Vaccine operations Central Provinces 1886-1899 - 1886-1899
Year: 1886
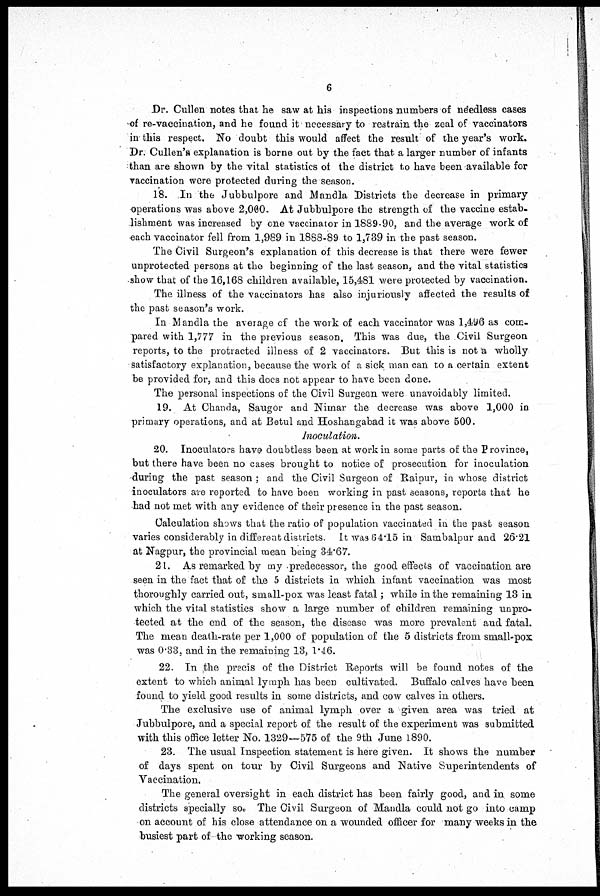
6
Dr. Cullen notes that he saw at his inspections numbers of needless cases
of re-vaccination, and he found it necessary to restrain the zeal of vaccinators
in this respect. No doubt this would affect the result of the year's work.
Dr. Cullen's explanation is borne out by the fact that a larger number of infants
than are shown by the vital statistics of the district to have been available for
vaccination were protected during the season.
18. In the Jubbulpore and Mandla Districts the decrease in primary
operations was above 2,000. At Jubbulpore the strength of the vaccine estab-
lishment was increased by one vaccinator in 1889-90, and the average work of
each vaccinator fell from 1,989 in 1888-89 to 1,739 in the past season.
The Civil Surgeon's explanation of this decrease is that there were fewer
unprotected persons at the beginning of the last season, and the vital statistics
show that of the 16,168 children available, 15,481 were protected by vaccination.
The illness of the vaccinators has also injuriously affected the results of
the past season's work.
In Mandla the average of the work of each vaccinator was 1,496 as com-
pared with 1,777 in the previous season. This was due, the Civil Surgeon
reports, to the protracted illness of 2 vaccinators. But this is not a wholly
satisfactory explanation, because the work of a sick man can to a certain extent
be provided for, and this does not appear to have been done.
The personal inspections of the Civil Surgeon were unavoidably limited.
19. At Chanda, Saugor and Nimar the decrease was above 1,000 in
primary operations, and at Betul and Hoshangabad it was above 500.
Inoculation.
20. Inoculators have doubtless been at work in some parts of the Province,
but there have been no cases brought to notice of prosecution for inoculation
during the past season ; and the Civil Surgeon of Raipur, in whose district
inoculators are reported to have been working in past seasons, reports that he
had not met with any evidence of their presence in the past season.
Calculation shows that the ratio of population vaccinated in the past season
varies considerably in different districts. It was 64.15 in Sambalpur and 26.21
at Nagpur, the provincial mean being 34.67.
21. As remarked by my predecessor, the good effects of vaccination are
seen in the fact that of the 5 districts in which infant vaccination was most
thoroughly carried out, small-pox was least fatal; while in the remaining 13 in
which the vital statistics show a large number of children remaining unpro-
tected at the end of the season, the disease was more prevalent and fatal.
The mean death-rate per 1,000 of population of the 5 districts from small-pox
was 0.33, and in the remaining 13, 1.46.
22. In the precis of the District Reports will be found notes of the
extent to which animal lymph has been cultivated. Buffalo calves have been
found to yield good results in some districts, and cow calves in others.
The exclusive use of animal lymph over a given area was tried at
Jubbulpore, and a special report of the result of the experiment was submitted
with this office letter No. 1329—575 of the 9th June 1890.
23. The usual Inspection statement is here given. It shows the number
of days spent on tour by Civil Surgeons and Native Superintendents of
Vaccination.
The general oversight in each district has been fairly good, and in some
districts specially so. The Civil Surgeon of Mandla could not go into camp
on account of his close attendance on a wounded officer for many weeks in the
busiest part of the working season.